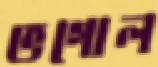
ভগোল